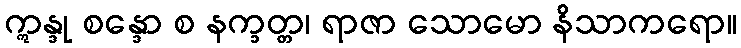
ဣန္ဒု စန္ဒော စ နက္ခတ္တ၊ ရာဇာ သောမော နိသာကရော။